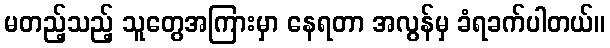
မတည့်သည့် သူတွေအကြားမှာ နေရတာ အလွန်မှ ခံရခက်ပါတယ်။